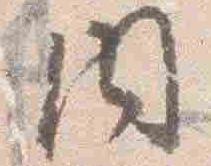
内